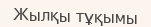
Жылқы тұқымы